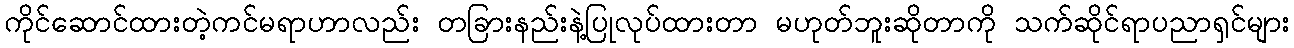
ကိုင်ဆောင်ထားတဲ့ကင်မရာဟာလည်း တခြားနည်းနဲ့ပြုလုပ်ထားတာ မဟုတ်ဘူးဆိုတာကို သက်ဆိုင်ရာပညာရှင်များ